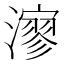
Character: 㵳